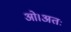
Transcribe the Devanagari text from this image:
ओ।अतः